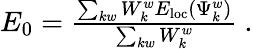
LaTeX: \begin{array}{r}{E_{\mathrm{0}}=\frac{\sum_{kw}W_{k}^{w}E_{\mathrm{{loc}}}(\Psi_{k}^{w})}{\sum_{kw}W_{k}^{w}}~.}\end{array}